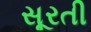
સૂરતી